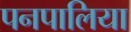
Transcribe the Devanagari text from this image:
पनपालिया